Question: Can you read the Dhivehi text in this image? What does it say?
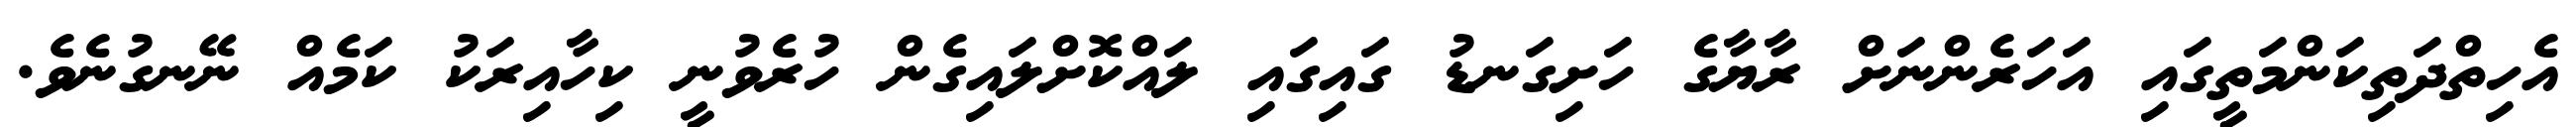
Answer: އެހިތްދަތިކަންމަތީގައި އަހަރެންނަށް ރާޔާގެ ހަށިގަނޑު ގައިގައި ލައްކޮށްލައިގެން ހުރެވުނީ ކިހާއިރަކު ކަމެއް ނޭނގުނެވެ.